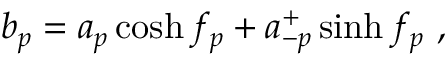
b _ { p } = a _ { p } \cosh f _ { p } + a _ { - p } ^ { + } \sinh f _ { p } ~ ,